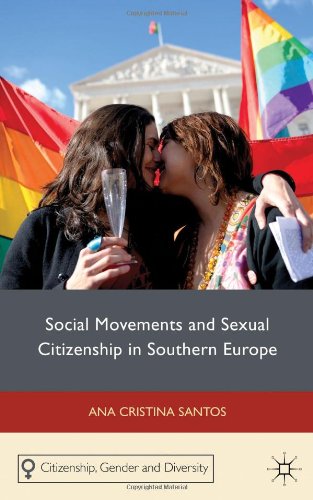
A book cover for Social Movements and Sexual Citizenship in Southern Europe (Citizenship, Gender and Diversity); Ana Cristina Santos; Gay & Lesbian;